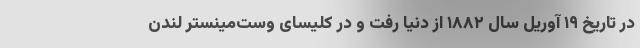
در تاریخ ۱۹ آوریل سال ۱۸۸۲ از دنیا رفت و در کلیسای وست‌مینستر لندن